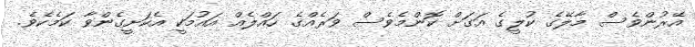
އޭރުންވެސް މާލޭގެ ކުލީގެ އަގަށް ކޮންމެވެސް ވަރެއްގެ ހައްލެއް އައުމަކީ އެކަށީގެންވާ ކަމެކެވެ.